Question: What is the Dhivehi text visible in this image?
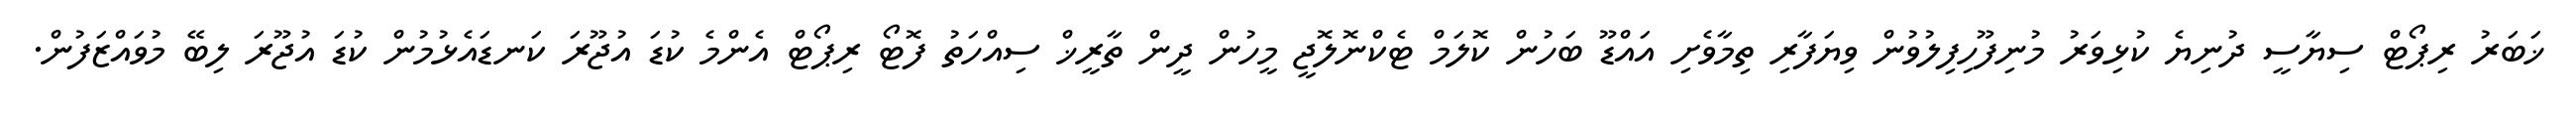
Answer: ޚަބަރު ރިޕޯޓް ސިޔާސީ ދުނިޔެ ކުޅިވަރު މުނިފޫހިފިލުވުން ވިޔަފާރި ތިމާވެށި އައްޑޫ ބަހުން ކޮލަމް ޓެކްނޮލޮޖީ މީހުން ދީން ތާރީޚް ސިއްހަތު ފޮޓޯ ރިޕޯޓް އެންމެ ކުޑަ އުޖޫރަ ކަނޑައެޅުމުން ކުޑަ އުޖޫރަ ލިބޭ މުވައްޒަފުން.